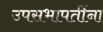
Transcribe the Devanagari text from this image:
उपसभापतींना